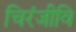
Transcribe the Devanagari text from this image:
चिरंजीवि